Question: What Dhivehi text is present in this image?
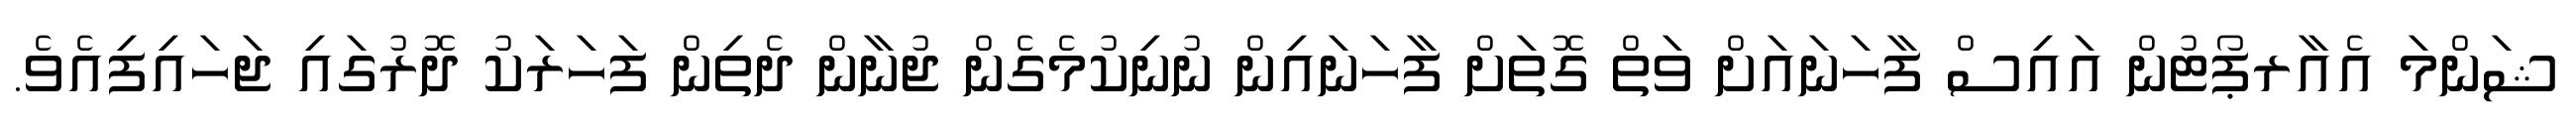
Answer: ޝަންމަ އެއާރޕޯޓުން އައިސް ފާހަނައަށް ވަތް ގޮތަށް ފާހަނައިން ނުނިކުމެގެން ޖުނާން ދެތިން ފަހަރަކު ދޮރުގައި ޖަހައިފިއެވެ.